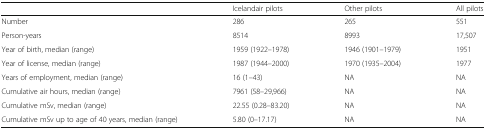
<table><thead><tr><td></td><td><b>Icelandair pilots</b></td><td><b>Other pilots</b></td><td><b>All pilots</b></td></tr></thead><tbody><tr><td>Number</td><td>286</td><td>265</td><td>551</td></tr><tr><td>Person-years</td><td>8514</td><td>8993</td><td>17,507</td></tr><tr><td>Year of birth, median (range)</td><td>1959 (1922–1978)</td><td>1946 (1901–1979)</td><td>1951</td></tr><tr><td>Year of license, median (range)</td><td>1987 (1944–2000)</td><td>1970 (1935–2004)</td><td>1977</td></tr><tr><td>Years of employment, median (range)</td><td>16 (1–43)</td><td>NA</td><td>NA</td></tr><tr><td>Cumulative air hours, median (range)</td><td>7961 (58–29,966)</td><td>NA</td><td>NA</td></tr><tr><td>Cumulative mSv, median (range)</td><td>22.55 (0.28–83.20)</td><td>NA</td><td>NA</td></tr><tr><td>Cumulative mSv up to age of 40 years, median (range)</td><td>5.80 (0–17.17)</td><td>NA</td><td>NA</td></tr></tbody></table>